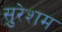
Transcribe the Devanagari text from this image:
सुरेशम